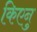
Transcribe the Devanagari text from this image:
किएनु